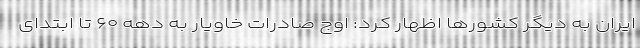
ایران به دیگر کشورها اظهار کرد: اوج صادرات خاویار به دهه ۶۰ تا ابتدای